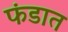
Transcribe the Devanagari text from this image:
फंडात